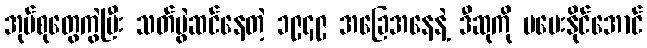
အုပ်စုတွေကွဲပြီး သတ်ပွဲဆင်နေတဲ့ ၁၉၄၉ အခြေအနေနဲ့ ဒီဆုကို မပေးနိုင်အောင်